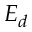
E _ { d }